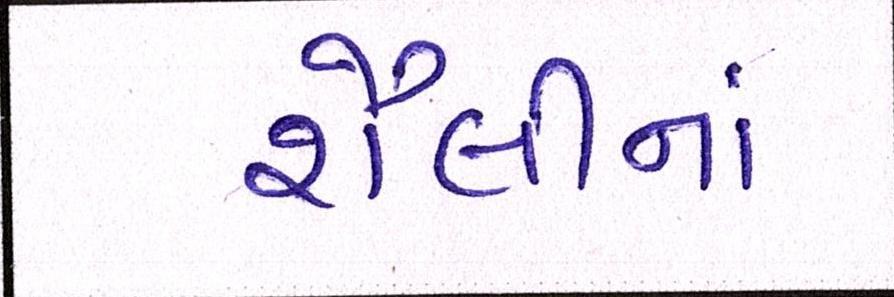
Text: શૈલીનાં